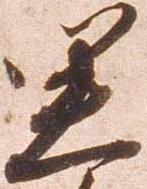
思